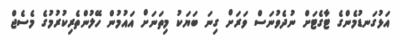
އަޅުގަނޑުމެންގެ ޓާގެޓަށް ނުދެވުނަސް ވަރަށް ގިނަ ބަޔަކު މިތަނަށް އައުމުން ހޭލުންތެރިކުރުމުގެ މެސެޖް